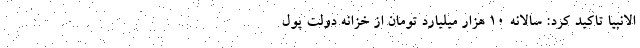
الانبیا تاکید کرد: سالانه 10 هزار میلیارد تومان از خزانه دولت پول